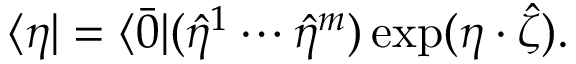
\langle \eta | = \langle \bar { 0 } | ( \hat { \eta } ^ { 1 } \cdots \hat { \eta } ^ { m } ) \exp ( \eta \cdot \hat { \zeta } ) .